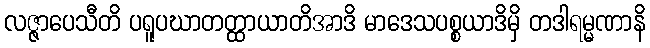
လဇ္ဇာပေသီတိ ပရူပဃာတတ္ထာယာတိအာဒိ မာဒေသပစ္စယာဒိမှိ တဒါရမ္မဏာနိ